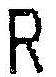
R